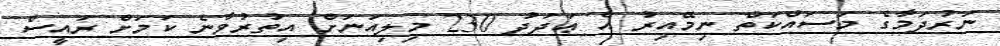
ނަރުދަމާގެ މަސައްކަތް ނިމޭއިރު އެ ޢަދަދު 230 މިލިއަނަށް އިތުރުވާނެ ކަމަށް ރައީސް